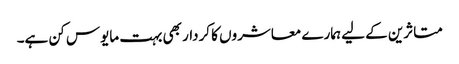
متاثرین کے لیے ہمارے معاشروں کا کردار بھی بہت مایوس کن ہے۔